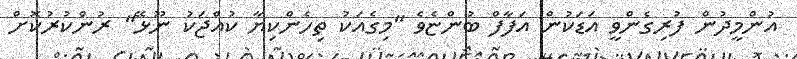
އުންމީދުން ފުރިގެންވީ އަޑަކުން އަފާފް ބުންޏެވެ "މިގެއަކު ތިހެންކިޔާ ކުއްޖަކު ނޫޅޭ" ރުންކުރުކޮށް